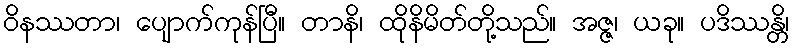
ဝိနဿတာ၊ ပျောက်ကုန်ပြီ။ တာနိ၊ ထိုနိမိတ်တို့သည်။ အဇ္ဇ၊ ယခု။ ပဒိဿန္တိ၊